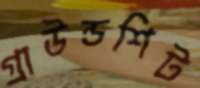
গ্রাউন্ডশিট